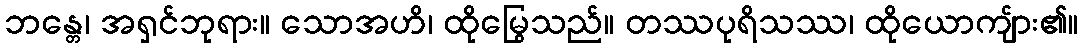
ဘန္တေ၊ အရှင်ဘုရား။ သောအဟိ၊ ထိုမြွေသည်။ တဿပုရိသဿ၊ ထိုယောကျ်ား၏။